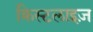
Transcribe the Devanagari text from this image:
क्रिस्टलाइज़